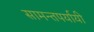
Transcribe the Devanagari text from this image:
सामन्तपर्यायी